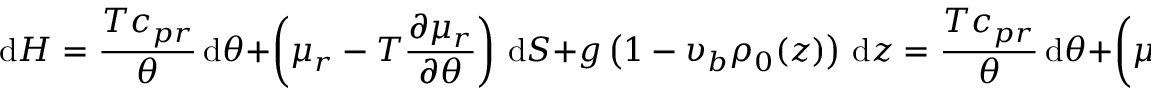
\mathrm { d } { \cal H } = \frac { T c _ { p r } } { \theta } \, \mathrm { d } \theta + \left( \mu _ { r } - T \frac { \partial \mu _ { r } } { \partial \theta } \right) \, \mathrm { d } S + g \left( 1 - \upsilon _ { b } \rho _ { 0 } ( z ) \right) \, \mathrm { d } z = \frac { T c _ { p r } } { \theta } \, \mathrm { d } \theta + \left( \mu _ { r } - T \frac { \partial \mu _ { r } } { \partial \theta } \right) - b \, \mathrm { d } z